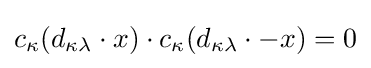
c_{\kappa }(d_{\kappa \lambda }\cdot x)\cdot c_{\kappa }(d_{\kappa \lambda }\cdot -x)=0